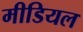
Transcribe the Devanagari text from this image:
मीडियल